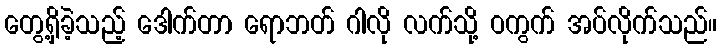
တွေ့ရှိခဲ့သည့် ဒေါက်တာ ရောဘတ် ဂါလို လက်သို့ ဝကွက် အပ်လိုက်သည်။